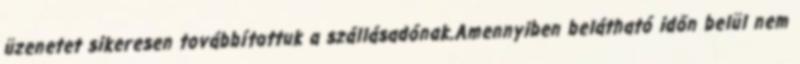
üzenetet sikeresen továbbítottuk a szállásadónak.Amennyiben belátható időn belül nem